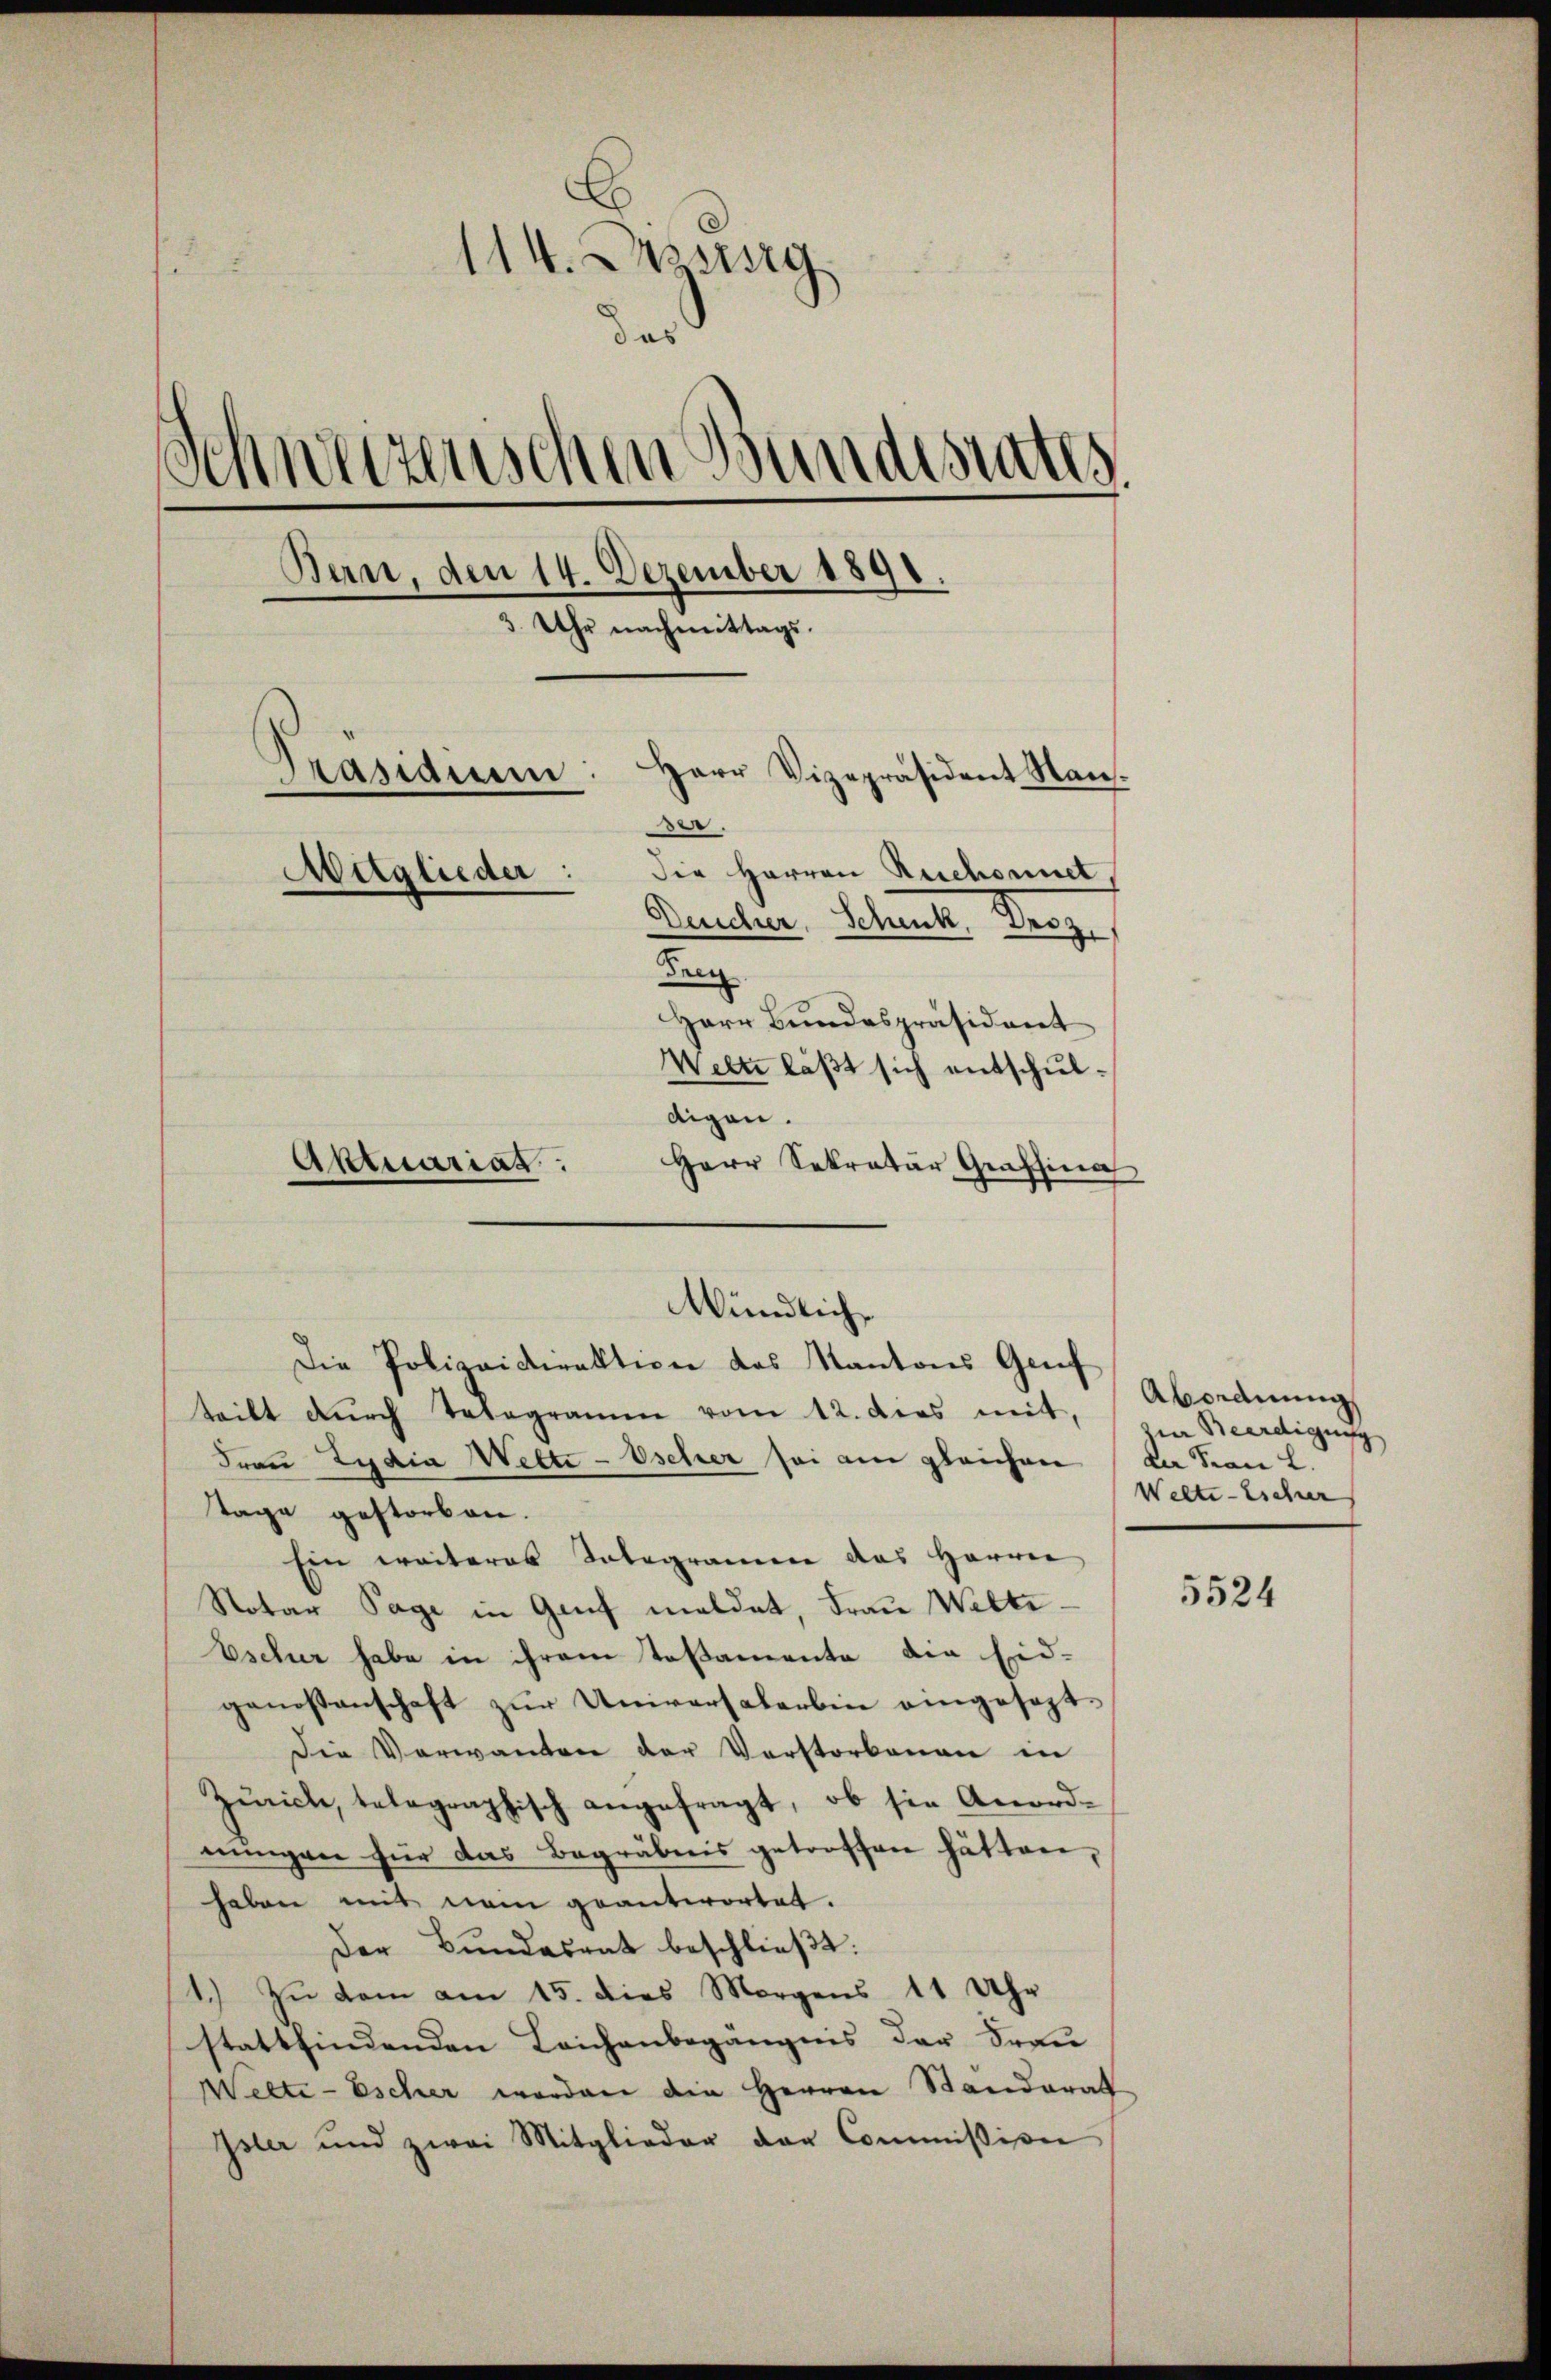
c
114. Dezsig
Schweizenschen Bundesrates.
Bern, den 14. Dezember 1890.
3. Uhr nachmittags.
Herr Vizepräsident Nan.
Präsidium
.
die Herren Ruchonnet,
Aeglieder:
Duncher, Schuch. Proze
Dren
Herr Bundespräsident
Welti läßt sich entschuldigen.

Aktuariat.
Mündlich¬
Die Polizeidirektion des Kantons Genf

Herr Sekretär Grafsina

teilt dŭrch Telegramen vom 12. dies mit,
Frau Lydia Wette - Oscher sei am gleichen der San L.
Tage gestorben.
Ein weiteres Telegramen das Herrn
Notar Tage in Genf meldet, Frau Wilte
Escher habe in ihrem Toßamente die Eid-
genoßenschaft zur Universalerbin eingesezt¬
Die Verwanden der Verstorbenen in
Zürich, telegraphisch angefragt, ob sie Anordnungen für das Begräbnis getroffen hätten,
haben mit nam geantwortet.
Der Bundesrat beschließt:
1.) Zu dem am 15. dies Morgens 11 Uhr
stattfindenden Leichenbegängnis der Frau
Welti-Escher werden die Herren Standerat
Isler und zwei Mitglieder der Commission

Abordnung
die Beerdigung
Welti-Escher

5524